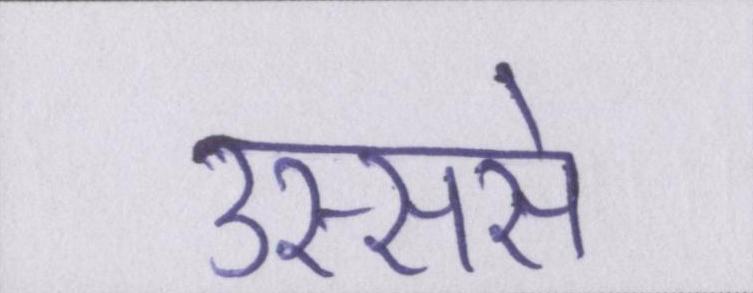
उस्ससे